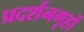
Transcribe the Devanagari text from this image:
प्रदर्शनगृहों